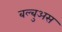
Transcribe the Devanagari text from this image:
बल्बुअस